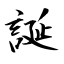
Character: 誕